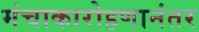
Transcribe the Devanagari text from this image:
मंचाकारोहणानंतर